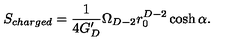
S _ { c h a r g e d } = { \frac { 1 } { 4 G _ { D } ^ { \prime } } } \Omega _ { D - 2 } r _ { 0 } ^ { D - 2 } \cosh \alpha .